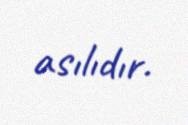
asılıdır.